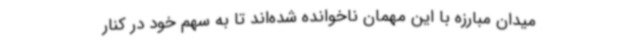
میدان مبارزه با این مهمان ناخوانده شده‌اند تا به سهم خود در کنار